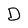
Character: D